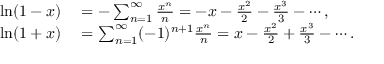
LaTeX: \begin{array} { r l } { \ln ( 1 - x ) } & { { } = - \sum _ { n = 1 } ^ { \infty } { \frac { x ^ { n } } { n } } = - x - { \frac { x ^ { 2 } } { 2 } } - { \frac { x ^ { 3 } } { 3 } } - \cdots , } \\ { \ln ( 1 + x ) } & { { } = \sum _ { n = 1 } ^ { \infty } ( - 1 ) ^ { n + 1 } { \frac { x ^ { n } } { n } } = x - { \frac { x ^ { 2 } } { 2 } } + { \frac { x ^ { 3 } } { 3 } } - \cdots . } \end{array}